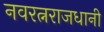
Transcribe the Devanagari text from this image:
नवरत्नराजधानी